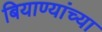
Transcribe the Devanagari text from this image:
बियाण्यांच्या